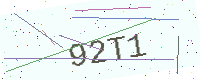
Text: 92T1